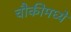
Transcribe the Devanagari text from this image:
चौकीमध्ये